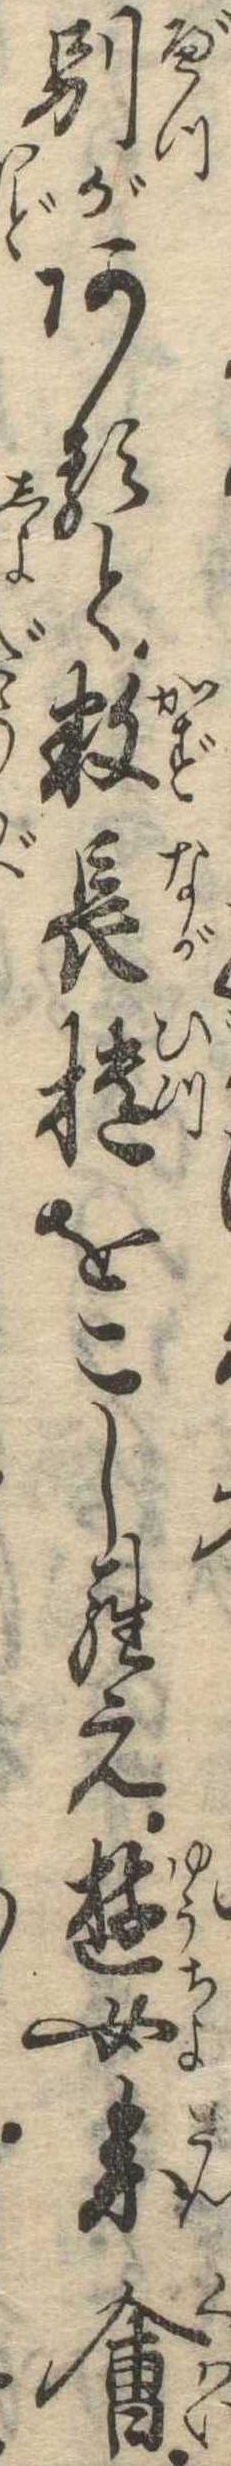
別があると数長櫃をこしらえ遊女参会